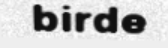
birde